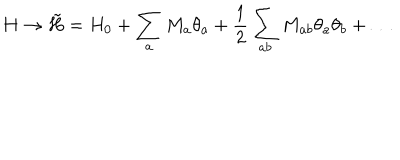
H \rightarrow \tilde { H } = H _ { 0 } + \sum _ { a } M _ { a } \theta _ { a } + \frac { 1 } { 2 } \sum _ { a b } M _ { a b } \theta _ { a } \theta _ { b } + \ldots